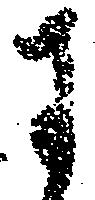
に